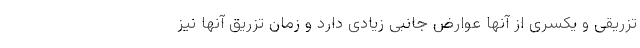
تزریقی و یکسری از آنها عوارض جانبی زیادی دارد و زمان تزریق آنها نیز